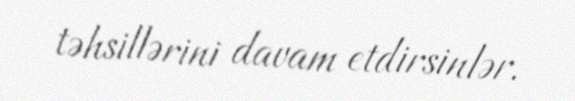
təhsillərini davam etdirsinlər.